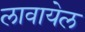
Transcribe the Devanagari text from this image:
लावायेल